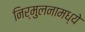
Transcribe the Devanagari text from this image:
निर्मुलनामध्ये